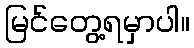
မြင်တွေ့ရမှာပါ။